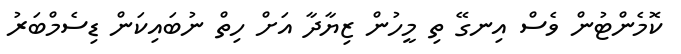
ކޮމެންޓުން ވެސް އިނގޭ ތި މީހުން ޒިޔާދާ އަށް ހިތް ނުބައިކަން ޑިސެމްބަރު